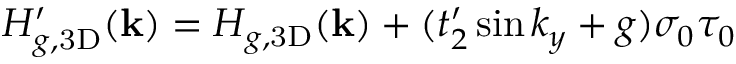
H _ { g , \mathrm { 3 D } } ^ { \prime } ( \mathbf { k } ) = H _ { g , \mathrm { 3 D } } ( \mathbf { k } ) + ( t _ { 2 } ^ { \prime } \sin k _ { y } + g ) \sigma _ { 0 } \tau _ { 0 }